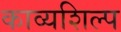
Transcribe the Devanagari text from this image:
काव्यशिल्प